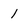
Character: 1